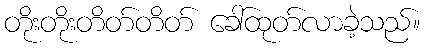
တိုးတိုးတိတ်တိတ် ခေါ်ထုတ်လာခဲ့သည်။